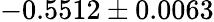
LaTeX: -0.5512\pm 0.0063